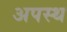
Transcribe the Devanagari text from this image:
अपस्थ